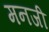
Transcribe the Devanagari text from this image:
मनजी